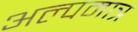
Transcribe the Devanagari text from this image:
अल्पमात्र